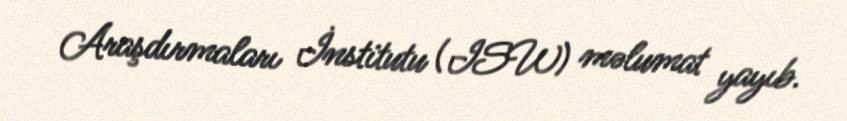
Araşdırmaları İnstitutu (ISW) məlumat yayıb.